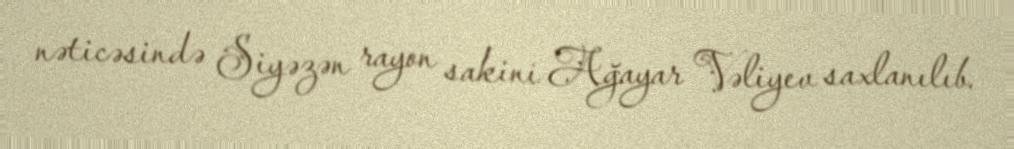
nəticəsində Siyəzən rayon sakini Ağayar Vəliyev saxlanılıb.